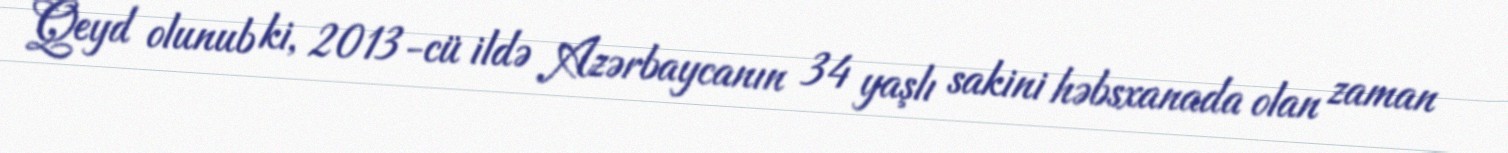
Qeyd olunub ki, 2013-cü ildə Azərbaycanın 34 yaşlı sakini həbsxanada olan zaman